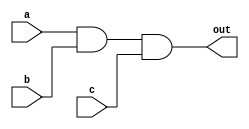
module three_input (a,b,c,out);
	input a,b,c;
	output out;

	and(out,a,b,c);
endmodule